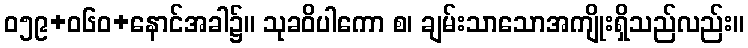
ဝ၅၉+၀၆ဝ+နောင်အခါ၌။ သုခဝိပါကော စ၊ ချမ်းသာသောအကျိုးရှိသည်လည်း။